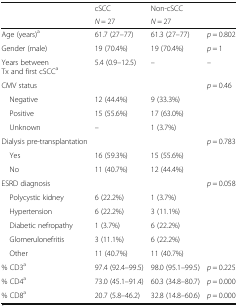
|  | cSCC | Non-cSCC |  |
 |  | N = 27 | N = 27 |  |
 | --- | --- | --- | --- |
 | Age (years)a | 61.7 (27–77) | 61.3 (27–77) | p = 0.802 |
 | Gender (male) | 19 (70.4%) | 19 (70.4%) | p = 1 |
 | Years between Tx and first cSCCa | 5.4 (0.9–12.5) | – | – |
 | CMV status |  |  | p = 0.46 |
 | Negative | 12 (44.4%) | 9 (33.3%) |  |
 | Positive | 15 (55.6%) | 17 (63.0%) |  |
 | Unknown | – | 1 (3.7%) |  |
 | Dialysis pre-transplantation |  |  | p = 0.783 |
 | Yes | 16 (59.3%) | 15 (55.6%) |  |
 | No | 11 (40.7%) | 12 (44.4%) |  |
 | ESRD diagnosis |  |  | p = 0.058 |
 | Polycystic kidney | 6 (22.2%) | 1 (3.7%) |  |
 | Hypertension | 6 (22.2%) | 3 (11.1%) |  |
 | Diabetic nefropathy | 1 (3.7%) | 6 (22.2%) |  |
 | Glomerulonefritis | 3 (11.1%) | 6 (22.2%) |  |
 | Other | 11 (40.7%) | 11 (40.7%) |  |
 | % CD3a | 97.4 (92.4–99.5) | 98.0 (95.1–99.5) | p = 0.225 |
 | % CD4a | 73.0 (45.1–91.4) | 60.3 (34.8–80.7) | p = 0.000 |
 | % CD8a | 20.7 (5.8–46.2) | 32.8 (14.8–60.6) | p = 0.000 |